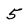
Character: 5